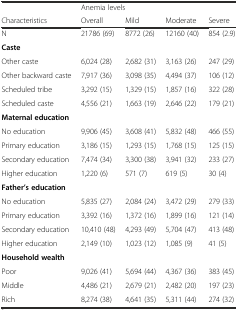
|  | <COLSPAN=4> Anemia levels |
 | Characteristics | Overall | Mild | Moderate | Severe |
 | --- | --- | --- | --- | --- |
 | N | 21786 (69) | 8772 (26) | 12160 (40) | 854 (2.9) |
 | Caste |  |  |  |  |
 | Other caste | 6,024 (28) | 2,682 (31) | 3,163 (26) | 247 (29) |
 | Other backward caste | 7,917 (36) | 3,098 (35) | 4,494 (37) | 106 (12) |
 | Scheduled tribe | 3,292 (15) | 1,329 (15) | 1,857 (16) | 322 (28) |
 | Scheduled caste | 4,556 (21) | 1,663 (19) | 2,646 (22) | 179 (21) |
 | Maternal education |  |  |  |  |
 | No education | 9,906 (45) | 3,608 (41) | 5,832 (48) | 466 (55) |
 | Primary education | 3,186 (15) | 1,293 (15) | 1,768 (15) | 125 (15) |
 | Secondary education | 7,474 (34) | 3,300 (38) | 3,941 (32) | 233 (27) |
 | Higher education | 1,220 (6) | 571 (7) | 619 (5) | 30 (4) |
 | Father’s education |  |  |  |  |
 | No education | 5,835 (27) | 2,084 (24) | 3,472 (29) | 279 (33) |
 | Primary education | 3,392 (16) | 1,372 (16) | 1,899 (16) | 121 (14) |
 | Secondary education | 10,410 (48) | 4,293 (49) | 5,704 (47) | 413 (48) |
 | Higher education | 2,149 (10) | 1,023 (12) | 1,085 (9) | 41 (5) |
 | Household wealth |  |  |  |  |
 | Poor | 9,026 (41) | 5,694 (44) | 4,367 (36) | 383 (45) |
 | Middle | 4,486 (21) | 2,679 (21) | 2,482 (20) | 197 (23) |
 | Rich | 8,274 (38) | 4,641 (35) | 5,311 (44) | 274 (32) |